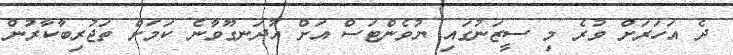
ދެ އަހަރަށް ވުރެ މި ސީޒަނުގައި ޔުވެންޓަސް އަށް އުދަނގޫވާނެ ކަމަށް ތަޖުރިބާކާރުން